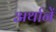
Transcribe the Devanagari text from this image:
अर्थानें